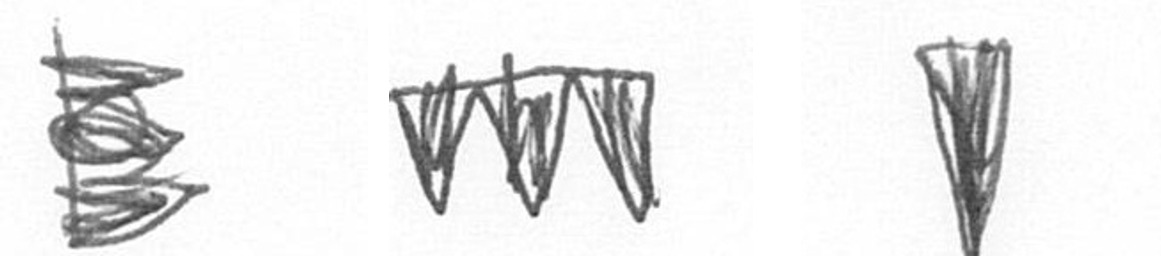
H L J